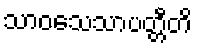
သာဝသေသာပတ္တီတိ